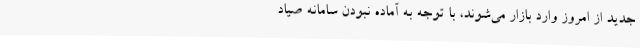
جدید از امروز وارد بازار می‌شوند، با توجه به آماده نبودن سامانه صیاد